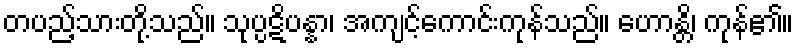
တပည့်သားတို့သည်။ သုပ္ပဋိပန္နာ၊ အကျင့်ကောင်းကုန်သည်။ ဟောန္တိ၊ ကုန်၏။